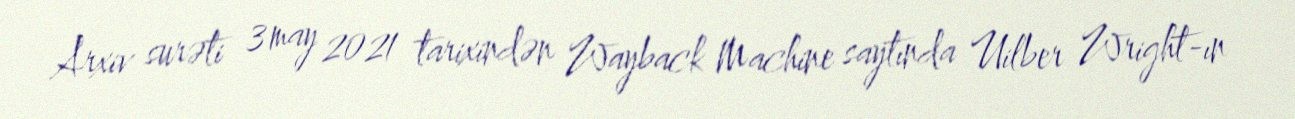
Arxiv surəti 3 may 2021 tarixindən Wayback Machine saytında Uilber Wright-ın